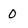
Character: 0